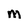
Character: M